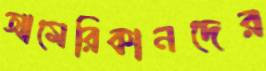
আমেরিকানদের